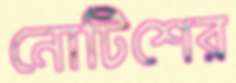
নোটিশের